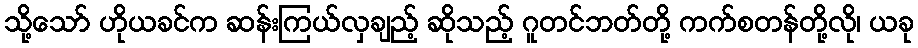
သို့သော် ဟိုယခင်က ဆန်းကြယ်လှချည့် ဆိုသည့် ဂူတင်ဘတ်တို့ ကက်စတန်တို့လို၊ ယခု